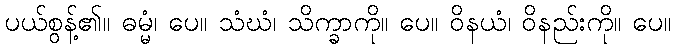
ပယ်စွန့်၏။ ဓမ္မံ၊ ပေ။ သံဃံ၊ သိက္ခာကို။ ပေ။ ဝိနယံ၊ ဝိနည်းကို။ ပေ။